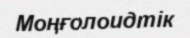
Моңғолоидтік